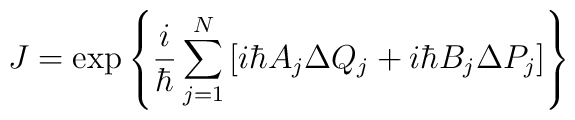
J = \exp \left \{ \frac{ i }{ \hbar } \sum_{j=1}^{N} \left [ i\hbar A_j \Delta Q_j + i \hbar B_j \Delta P_j \right ] \right \}